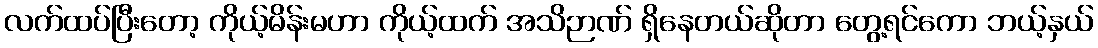
လက်ထပ်ပြီးတော့ ကိုယ့်မိန်းမဟာ ကိုယ့်ထက် အသိဉာဏ် ရှိနေတယ်ဆိုတာ တွေ့ရင်ကော ဘယ့်နှယ်